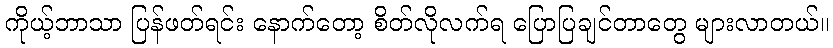
ကိုယ့်ဘာသာ ပြန်ဖတ်ရင်း နောက်တော့ စိတ်လိုလက်ရ ပြောပြချင်တာတွေ များလာတယ်။